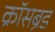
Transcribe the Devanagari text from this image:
क्रॉसब्रेड